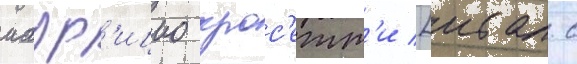
маур'ицио крос'етт'и [итал. с